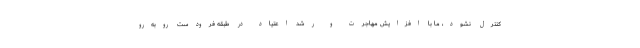
کنترل نشود، ما با افزایش مهاجرت و رشد اعتیاد در طبقه فرودست روبه‌رو